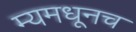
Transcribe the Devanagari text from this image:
म्यमधूनच